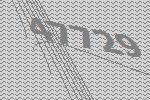
47729